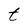
Character: t